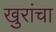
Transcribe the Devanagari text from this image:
खुरांचा